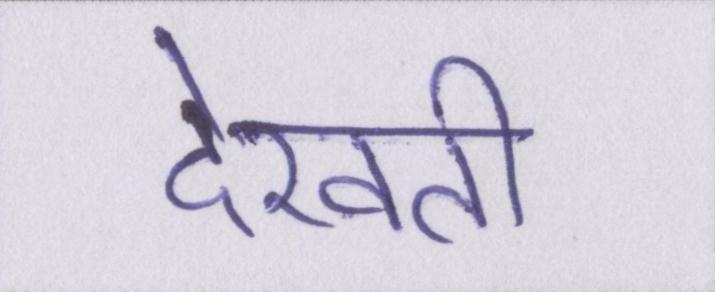
देखती